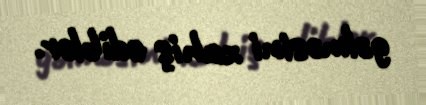
gəlməsini xahiş ediblər.